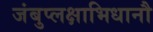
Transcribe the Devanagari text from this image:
जंबुप्लक्षाभिधानौ